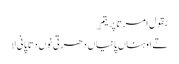
بقول امرتا پریتم ؎
تے اوہناں پانیاں دھرتی نوں دتا پانی لا